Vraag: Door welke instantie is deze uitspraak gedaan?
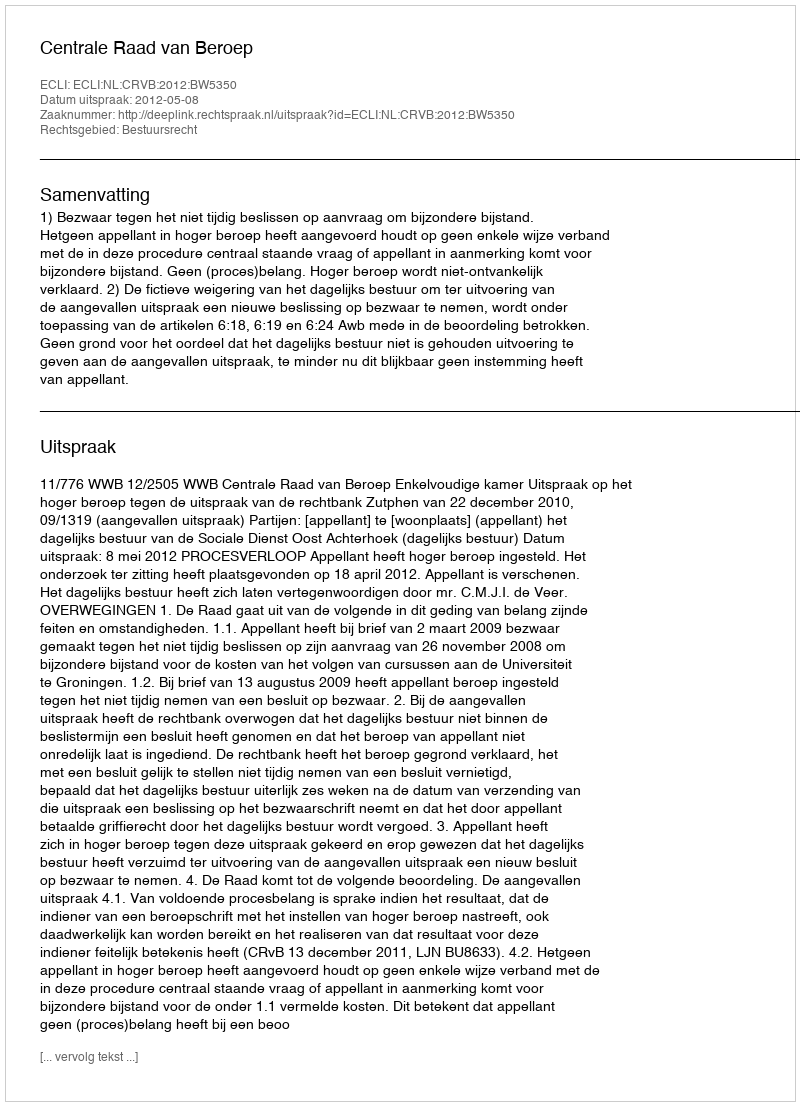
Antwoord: Centrale Raad van Beroep